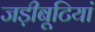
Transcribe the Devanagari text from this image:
जड़ीबूटियां